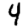
Digit: 4